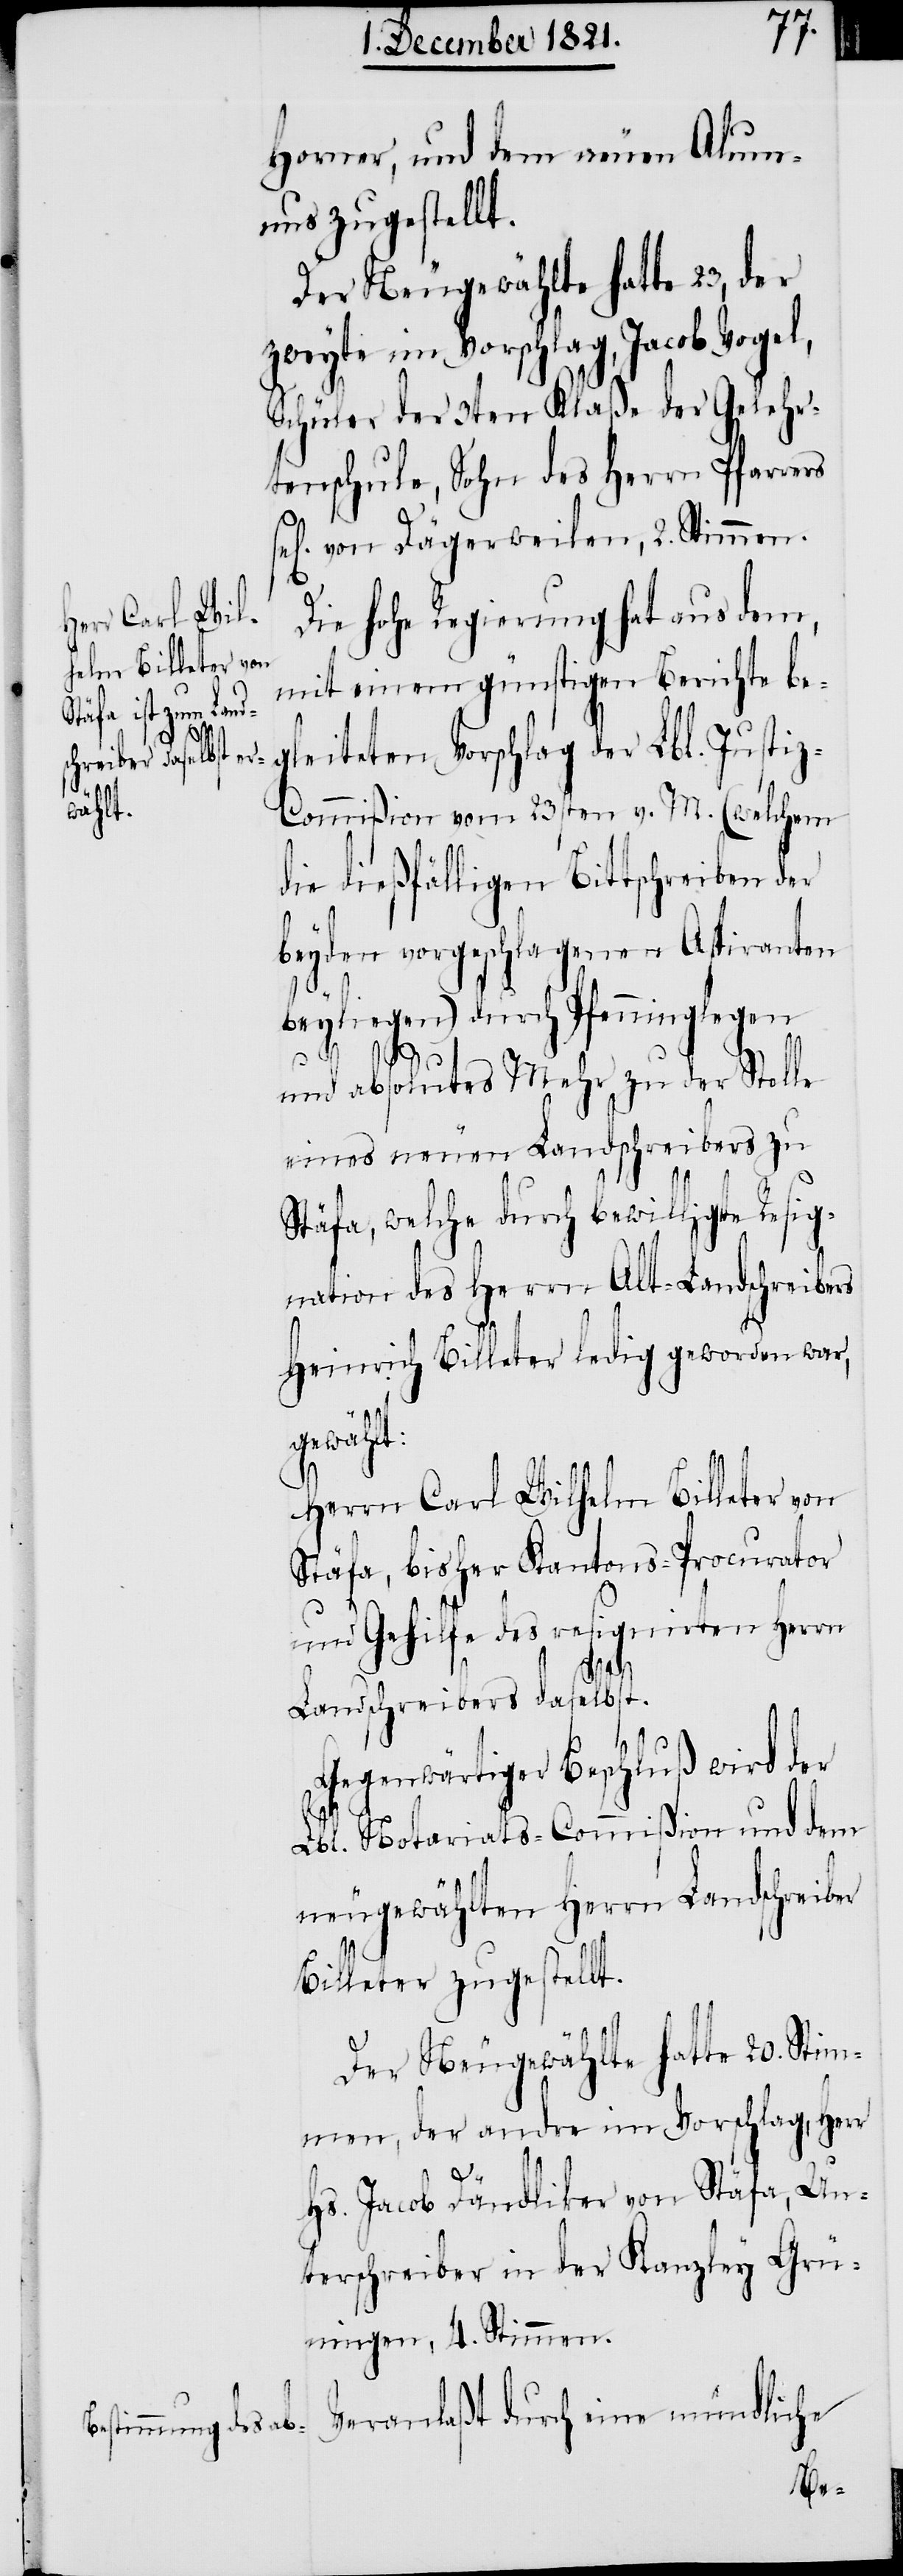
t.
Horner, und dem neuen Alumn¬
us zugestellt.
Der Neugewählte hatte 23, der
zweyte im Vorschlag, Jacob Vogel,
Schüler der 3ten Klaße der Gelehr¬
tenschule, Sohn des Herrn Pfarre¬
sel. von Dägerweilen, 2. Stimmen.
Die hohe Regierung hat aus dem,
mit einem günstigen Berichte be¬
gleiteten Vorschlag der Lbl. Justi¬
z-Commißion vom 23sten v. M. (welchem
die dießfälligen Bittschreiben der
beyden vorgeschlagenen Aspiranten
beyliegen) durch Pfenninglegen
und absolutes Mehr zu der Stelle
eines neuen Landschreibers zu
Stäfa, welche durch bewilligte Resig¬
nation des Herrn Alt-Landschreibers
Heinrich Billeter ledig geworden war,
gewählt:
rs
Herrn Carl Wilhelm Billeter von
Stäfa, bisher Kantons-Procurator
und Gehilfe des resignirten Herrn
Landschreibers daselbst.
Gegenwärtiger Beschluß wird der
Lbl. Notariats-Commißion und dem
neugewählten Herrn Landschreiber
Billeter zugestell¬
Der Neugewählte hatte 20. Stim¬
men, der andre im Vorschlag, Herr
Hs. Jacob Dändliker von Stäfa, Un¬
terschreiber in der Kanzley Grü¬
ningen, 4. Stimmen.
Veranlaßt durch eine mündliche